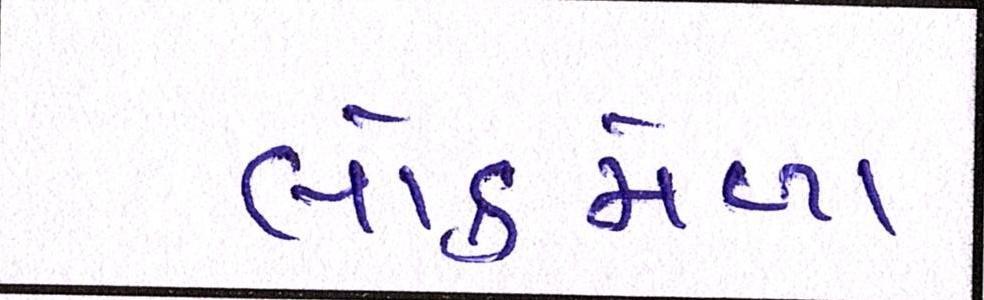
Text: લોકમેળા